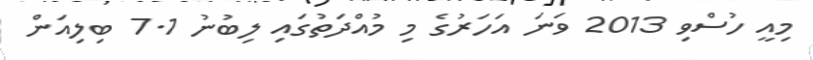
މިއީ ހުސްވި 2013 ވަނަ އަހަރުގެ މި މުއްދަތުގައި ލިބުނު 7.1 ބިލިއަން